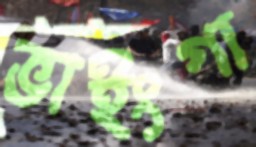
ভাইংগা